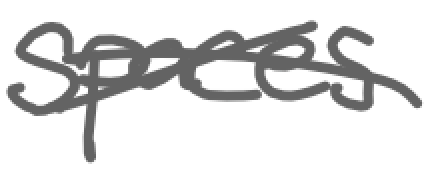
Text: spaces
Cross-out: cross
Writing tool: digital_gray